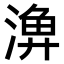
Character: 𣺆